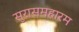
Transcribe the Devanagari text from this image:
सुरासमहारम